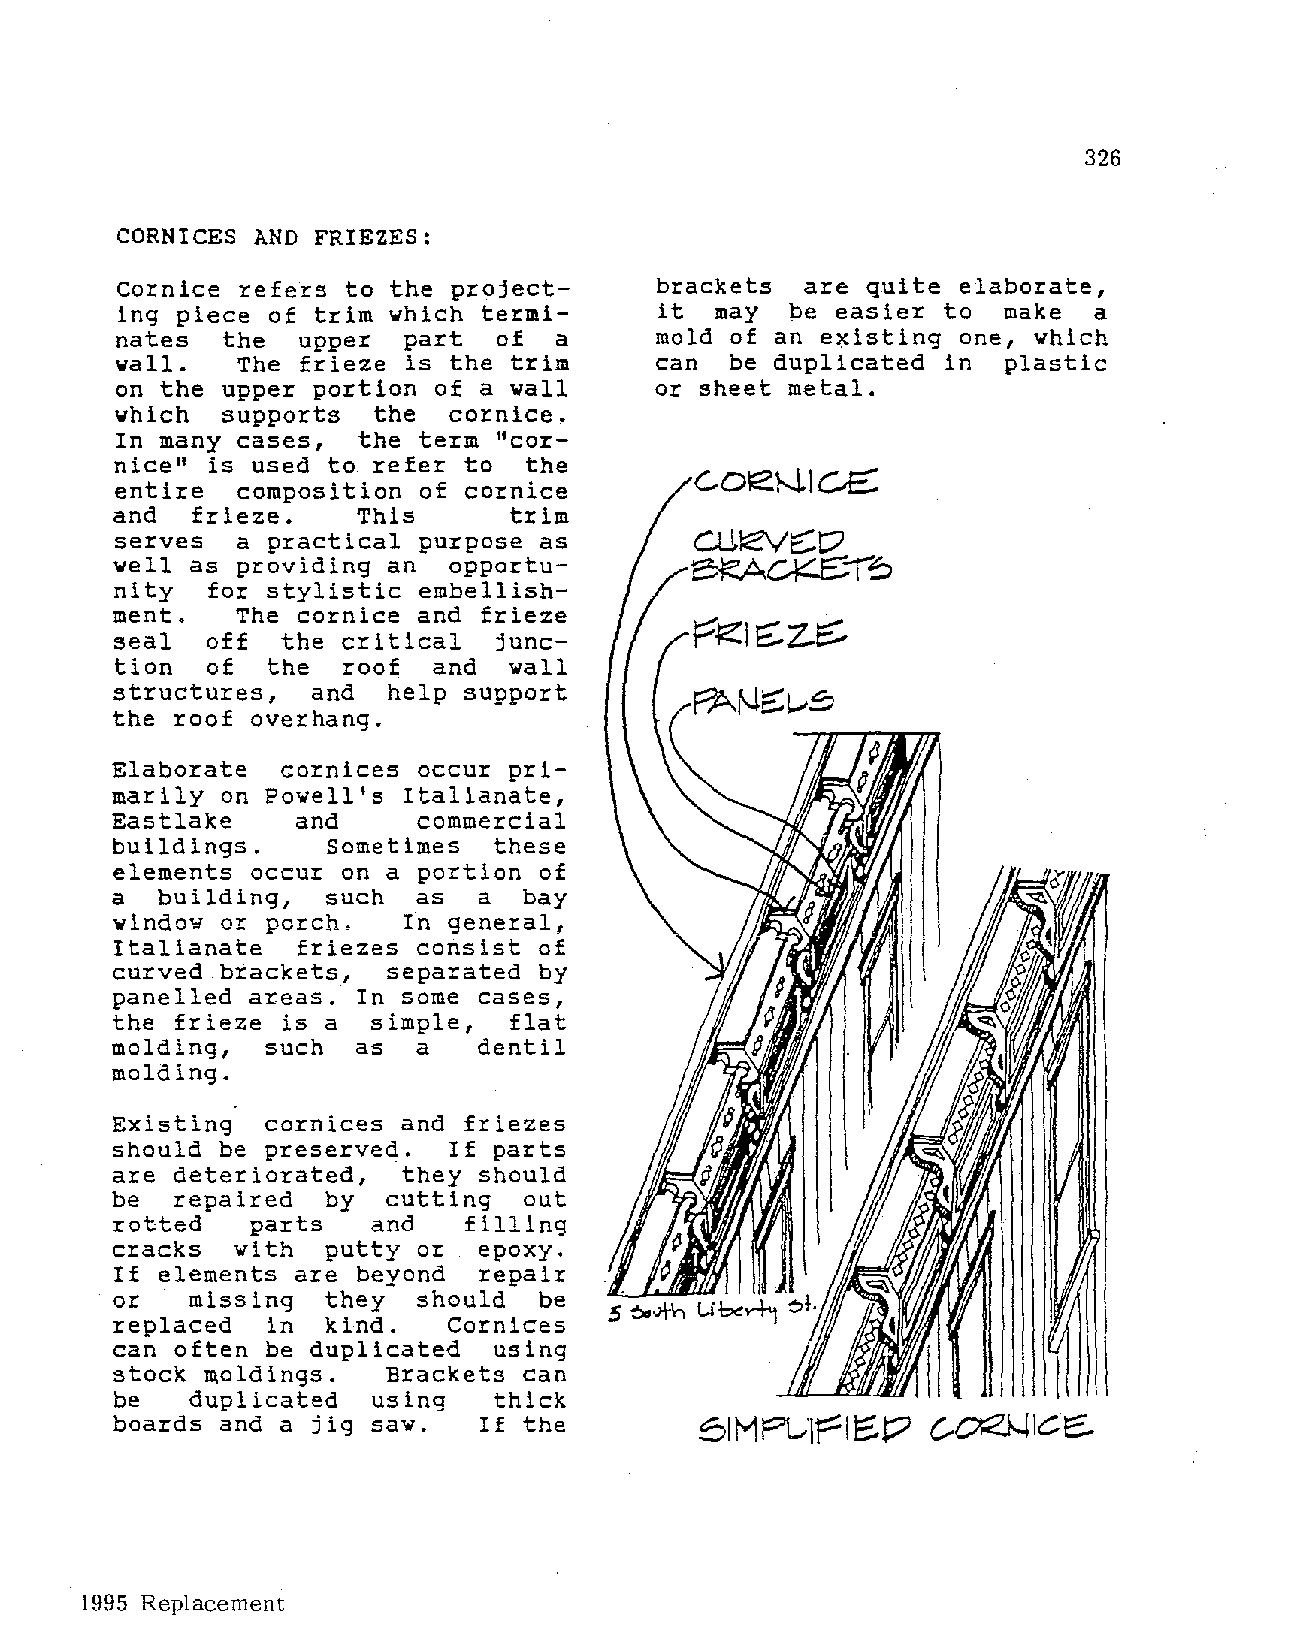
326
 CORNICES AND FRIEZES:
 Cornice refers to the project      brackets  are quite elaborate,
 ing piece of trim which termi      it  may  be easier to  make  a
 nates  the  upper  part  of  a     mold of an existing one, which
 wall.   The frieze is the trim     can  be duplicated in  plastic
 on the upper portion of a wall     or sheet metal.
 which  supports  the  cornice.
 In many cases,  the term "cor
 nice" is used to refer to  the
 entire  composition of cornice
 and   frieze.    This      trim
 serves  a practical purpose as
 well  as providing an  opportu
 nity  for stylistic embellish
 ment.    The cornice and frieze
 seal  off  the critical  junc
 tion  of  the  roof  and  wall
 structures,   and  help support
 the  roof overhang.
 Elaborate   cornices occur pri
 marily  on Powell's Italianate,
 Eastlake     and     commercial
 buildings.     Sometimes  these
 elements  occur on a portion of
 a  building,   such as   a  bay
 window  or porch.   In general,
 Italianate  friezes consist of
 curved  brackets,  separated by
 panelled areas.  In some cases,
 the  frieze is a simple,   flat
 molding,  such   as a    dentil
 molding.
 Existing   cornices and friezes
 should be  preserved.  If parts
 are deteriorated,   they should
 be  repaired  by  cutting   out
 rotted    parts   and   filling
 cracks  with  putty  or  epoxy.
 If elements are beyond  repair
 or   missing  they   should  be
 replaced   in kind.    Cornices
 can often  be duplicated  using
 stock moldings.    Brackets can
 be  duplicated   using   thick
 boards  and a jig saw.   If the
 1995 Replacement